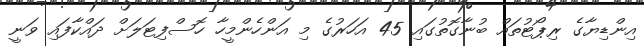
އިންޑިޔާގެ ރިޕޯޓުތައް ބުނާގޮތުގައި 45 އަހަރުގެ މި އަންހެންމީހާ ހޮސްފިޓަލަށް ދައްކާފައި ވަނީ